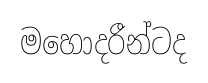
මහොදරීන්ටද